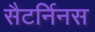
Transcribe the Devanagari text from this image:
सैटर्निनस